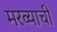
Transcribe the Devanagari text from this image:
मरव्याची